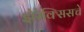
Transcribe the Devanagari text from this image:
झेरेक्सिसचे